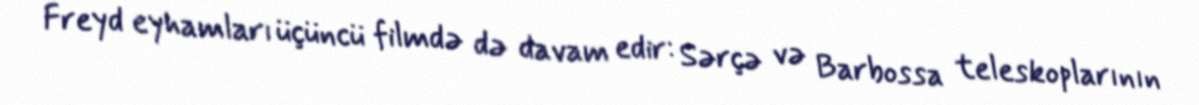
Freyd eyhamları üçüncü filmdə də davam edir: Sərçə və Barbossa teleskoplarının